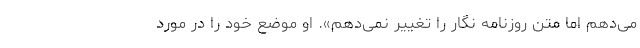
می‌دهم اما متن روزنامه نگار را تغییر نمی‌دهم». او موضع خود را در مورد